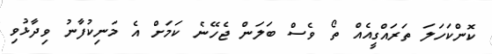
ކޮންކަހަލަ ތަރައްގީއެއް ތޯ ވެސް ބަލަން ޖެހޭނެ ކަމަށް އެ މަނިކުފާނު ވިދާޅުވި